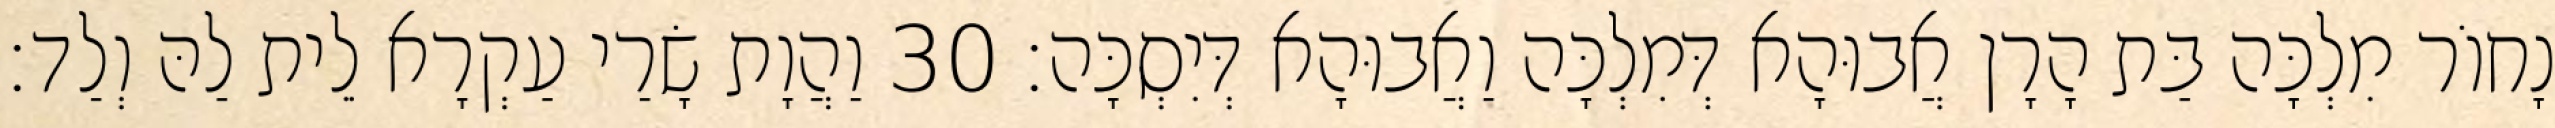
נָחוֹר מִלְכָּה בַּת הָרָן אֲבוּהָא דְּמִלְכָּה וַאֲבוּהָא דְּיִסְכָּה׃ 30 וַהֲוָת שָׂרַי עַקְרָא לֵית לַהּ וְלַד׃